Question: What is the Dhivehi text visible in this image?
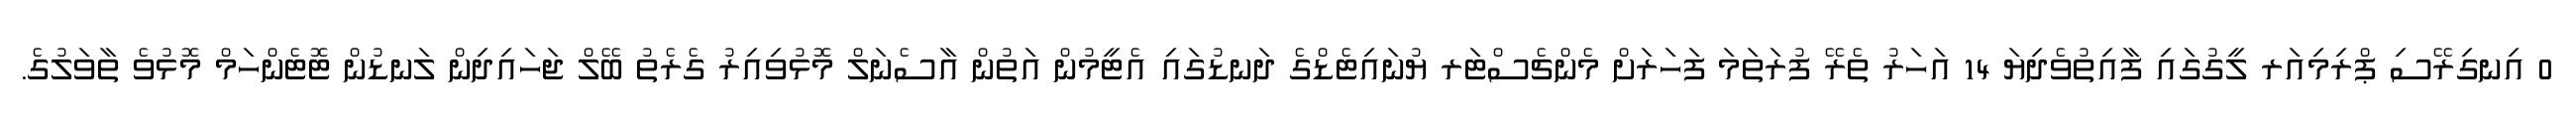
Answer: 0 އިނގިރޭސި ޕްރިމިއަރ ލީގުގައި ފާއިތުވެދިޔަ 14 އަހަރު ތެރޭ ފުރަތަމަ ފަހަރަށް މެންޗެސްޓަރ ޔުނައިޓެޑްގެ ދަނޑުގައި އެޓީމުން އަތުން އާސެނަލް މޮޅުވިއިރު ގެރެތު ބޭލް ޖަހައިދިން ލަނޑުން ޓޮޓެންހަމް މޮޅުވެ ތާވަލުގެ.